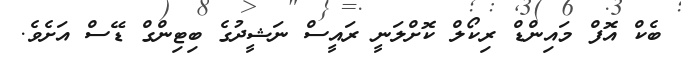
ބެކް އޮފް މައިންޑް ރިކޯލް ކޮޮށްލަނީ ރައީސް ނަޝީދުގެ ބިޓިންގް ޑޭސް އަށެވެ.